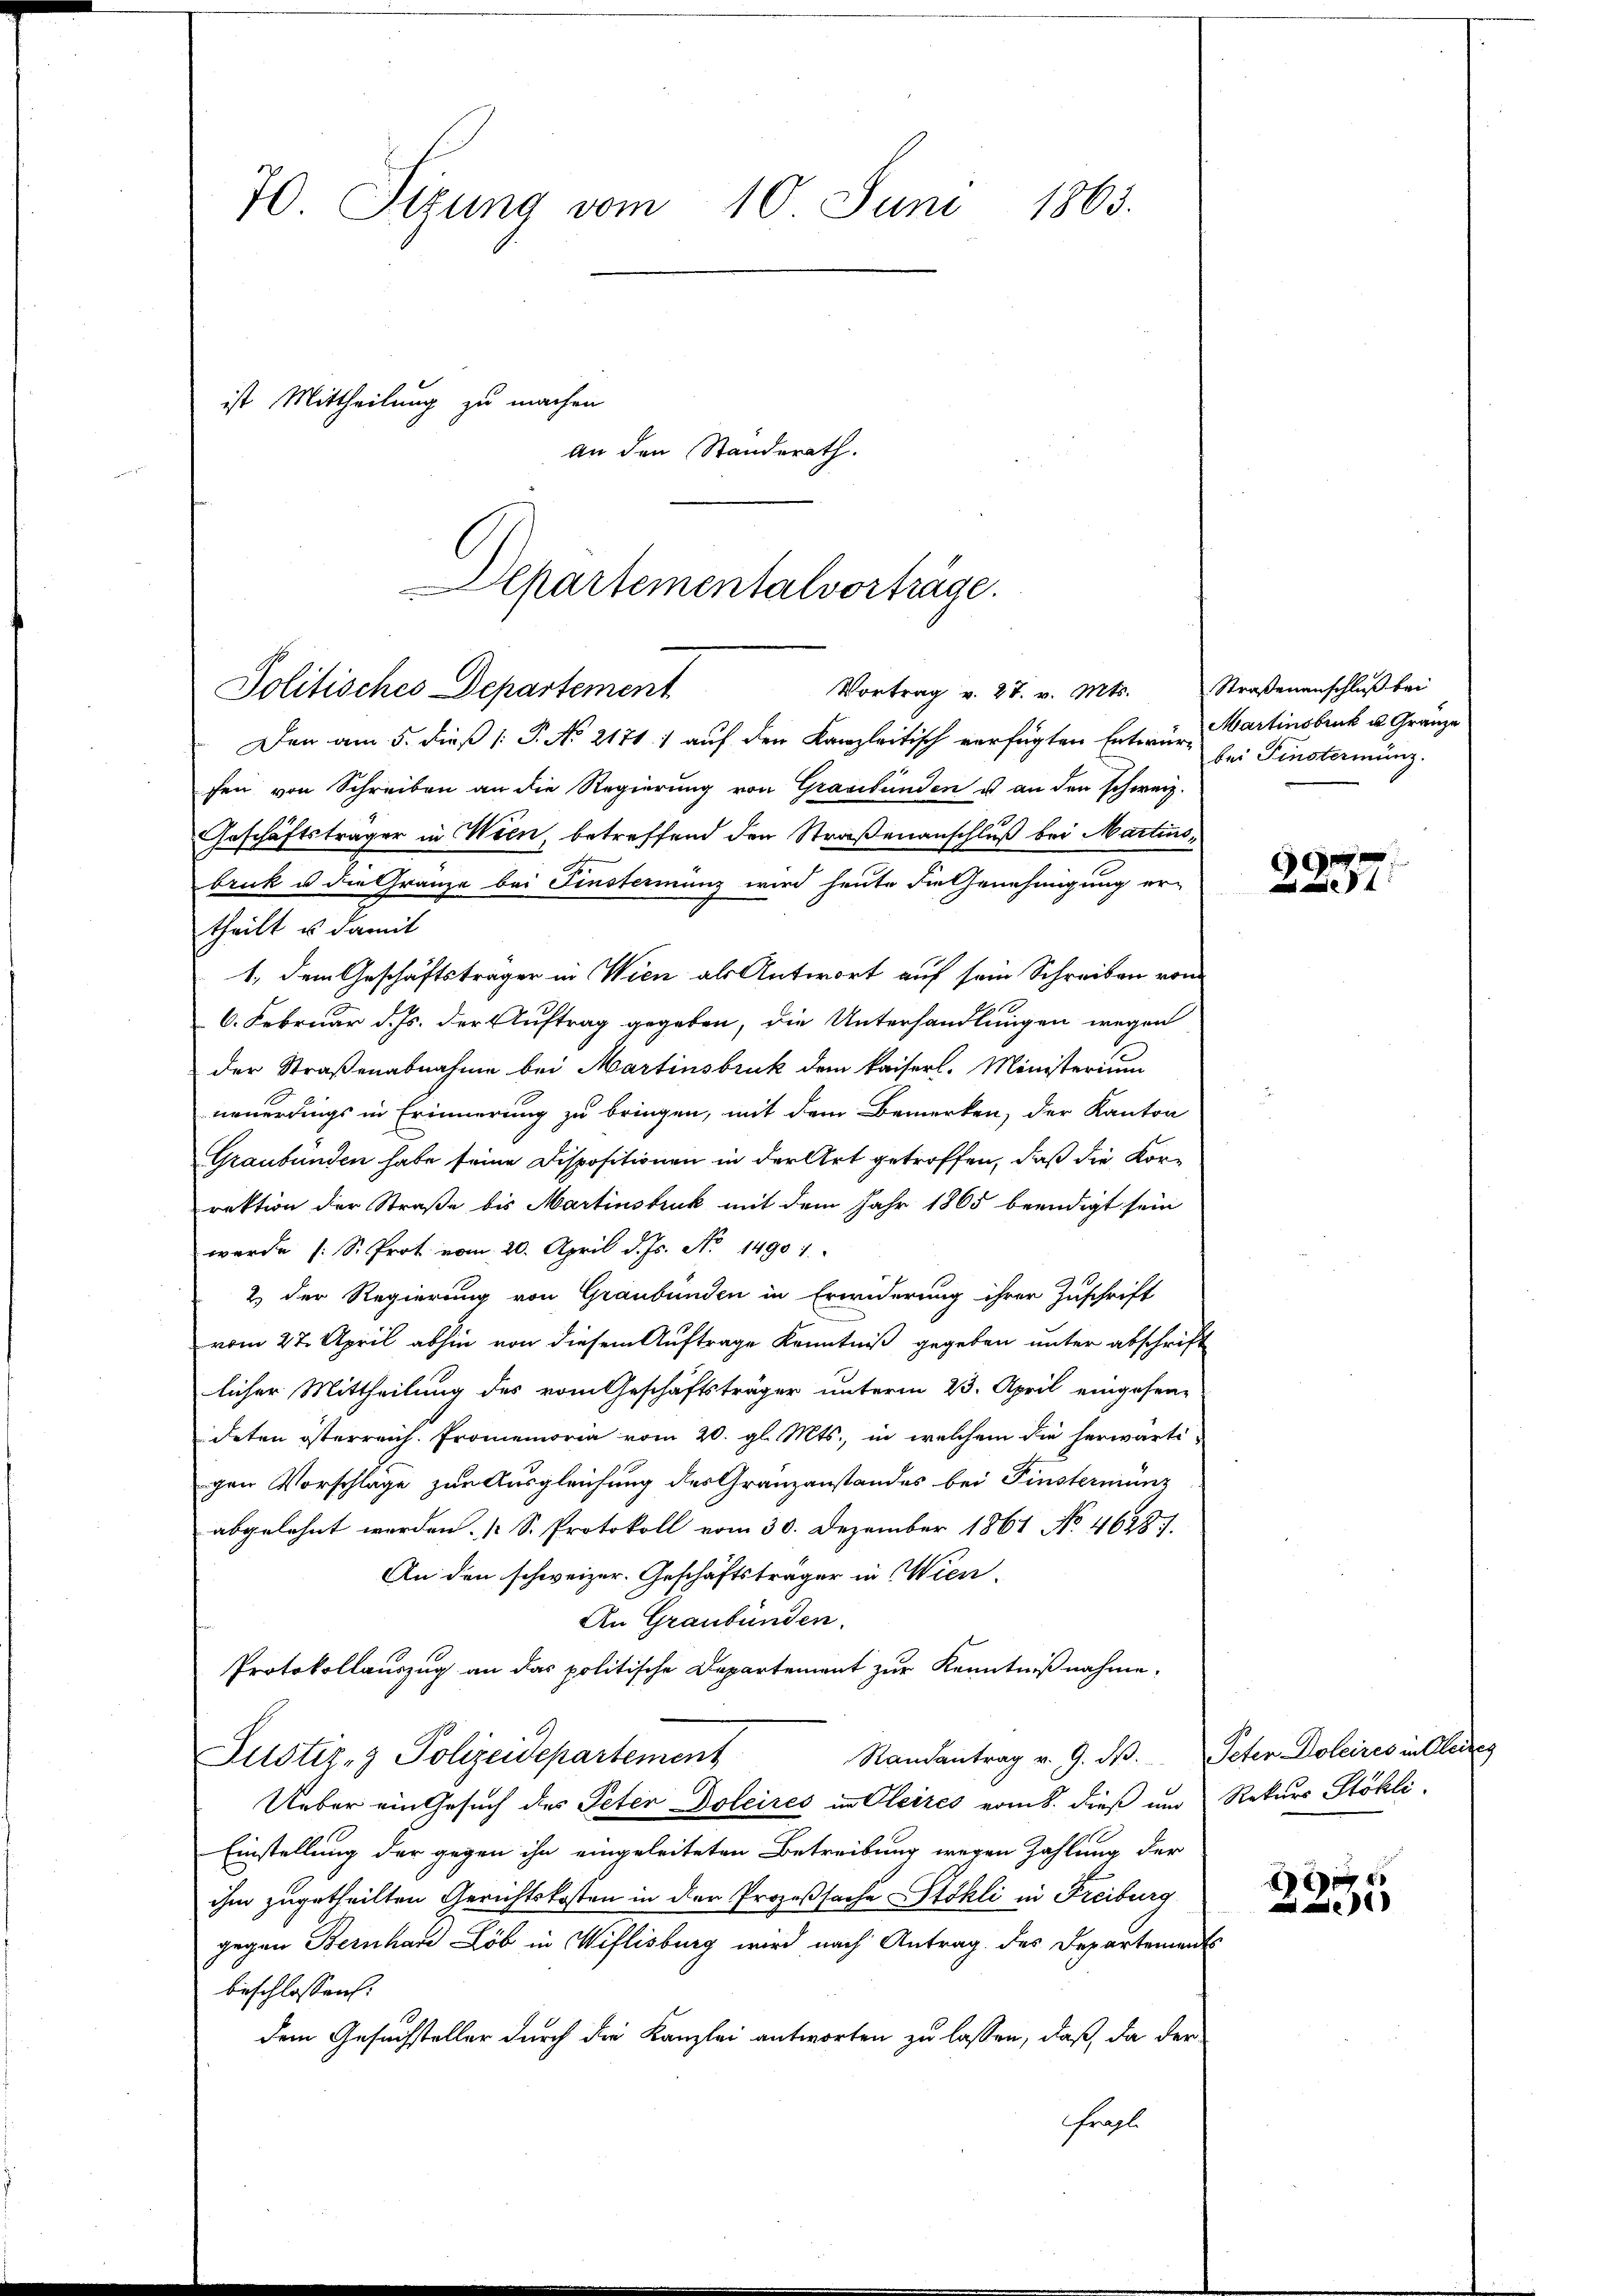
70 Sizung vom 10. Juni 1863.
ist Mittheilung zu machen
An den Standerath.

Departementalvorträge.
Vortrag v. 27. v. Mts. Straßenanschluß bei
Politisches Departement

Den am 5. dieß P. No 2171) auf den Kanzleitisch verfügten Entwurartinsbruck u. Gränze
fen von Schreiben an die Regierung von Graubünden u an den schweiz.
Geschäftsträger in Wien, betreffend den Straßenanschluß bei Martins-
bruck u die Gränze bei Finsterminz wird heute die Genehmigung er-
theilt es damit
1., dem Geschäftsträger in Wien als Antwort auf sein Schreiben vom
6. Februar d. Js. der Auftrag gegeben, die Unterhandlungen wegen
der Straßenabnahme bei Martinsbruk dem kaiserl. Ministerium
neuerdings in Erinnerung zu bringen, mit dem Bemerken, der Kanton
Graubünden habe seine Dispositionen in der Art getroffen, daß die Korrektion der Straße bis Martinsbruk mit dem Jahr 1865 beendigt sein
werde (S. Prot vom 20. April d. Js. No. 14901.
2) der Regierung von Graubünden in Erwiderung ihrer Zuschrift
vom 27. April abhin von diesem Auftrage Kenntniß gegeben unter abschrift
licher Mittheilung des vom Geschäftsträger unterm 23. April eingesen-
deten österreich. Promemoria vom 20. gl. Mts., in welchem die herwärti-
gen Vorschläge zur Ausgleichung des Granzanstandes bei Finstermünz
abgelehnt werden. [S. Protokoll vom 30. Dezember 1861 No 46287.
An den schweizer. Geschäftsträger in Wien.
An Graubünden.
Protokollauszug an das politische Departement zur Kenntnißnahme.
Randantrag v. 9. dβ. Peter Doleires in Claires
Justiz- & Polizeidepartement
Ueber ein Gesuch des Peter Doleires in Oleires vom 8. dieß und Rekurs Stöhli
Einstellung der gegen ihn eingeleiteten Betreibung wegen Zahlung der
ihm zugetheilten Gerichtskosten in der Prozeßsache Stokli in Freiburg
gegen Bernhard Lob in Wiflisburg wird nach Antrag des Departements
beschlossen:
dem Gesuchsteller durch die Kanzlei antworten zu lassen, daß, da der
fragl.

bei Finsterminz.

e

E